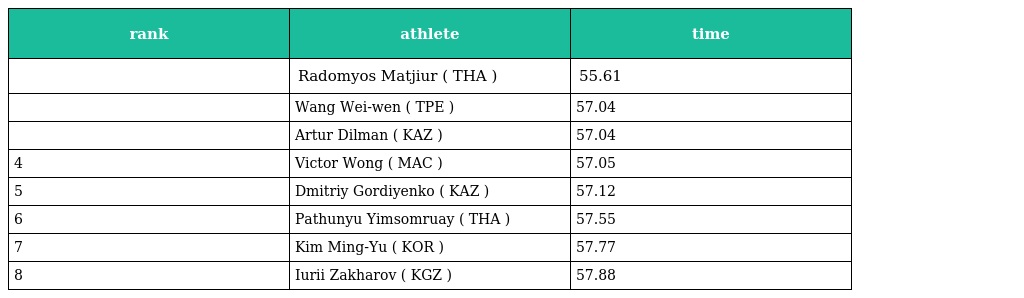
| rank | athlete | time |
 | --- | --- | --- |
 |  | Radomyos Matjiur ( THA ) | 55.61 |
 |  | Wang Wei-wen ( TPE ) | 57.04 |
 |  | Artur Dilman ( KAZ ) | 57.04 |
 | 4 | Victor Wong ( MAC ) | 57.05 |
 | 5 | Dmitriy Gordiyenko ( KAZ ) | 57.12 |
 | 6 | Pathunyu Yimsomruay ( THA ) | 57.55 |
 | 7 | Kim Ming-Yu ( KOR ) | 57.77 |
 | 8 | Iurii Zakharov ( KGZ ) | 57.88 |